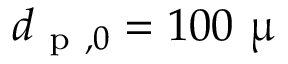
d _ { \mathrm { ~ p ~ } , 0 } = 1 0 0 ~ \upmu